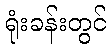
ရုံးခန်းတွင်